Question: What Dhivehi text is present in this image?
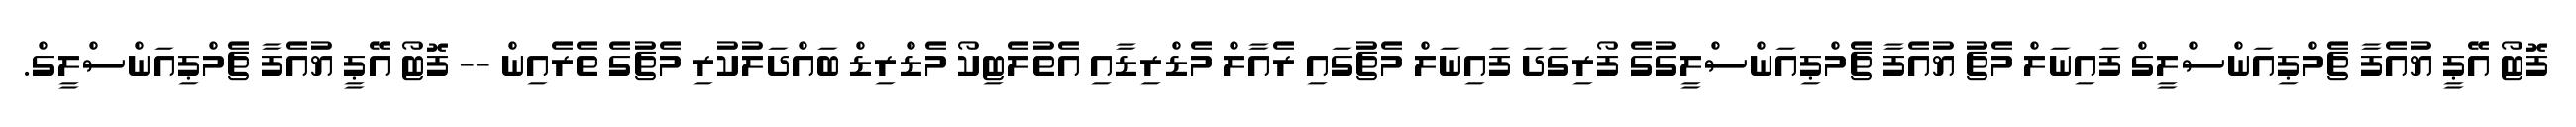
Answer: ފޮޓޯ އޭޕީ ޔުއެފާ ޗެމްޕިއަންސްލީގް ފައިނަލް މެޗު ޔުއެފާ ޗެމްޕިއަންސްލީގުގެ ފޯރިގަދަ ފައިނަލް މެޗުގައި ރެއާލް މެޑްރިޑާއި އެތުލެޓިކޯ މެޑްރިޑް ބައްދަލުކުރި މެޗުގެ ތެރެއިން -- ފޮޓޯ އޭޕީ ޔުއެފާ ޗެމްޕިއަންސްލީގް.